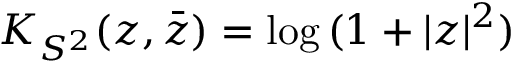
K _ { S ^ { 2 } } ( z , \bar { z } ) = \mathrm { l o g } \, ( 1 + | z | ^ { 2 } )